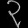
Digit: ၃